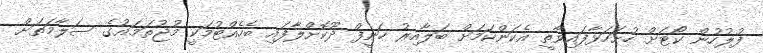
ފުލުހުން ކޯޓަށް ހުށަހަޅާފައިވާތީ އެކަންކަމަށް ބަލާއިރު ހަނީފް ދޫކޮށްލާފައި ބެހެއްޓުމަކީ މުޖުތަމައުގެ ސަލާމަތަށް